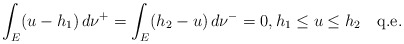
\begin{align*} \int_E(u-h_1)\,d\nu^+= \int_E(h_2-u)\,d\nu^-=0,h_1\le u\le h_2\quad\mbox{q.e.}\end{align*}